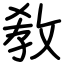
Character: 敎